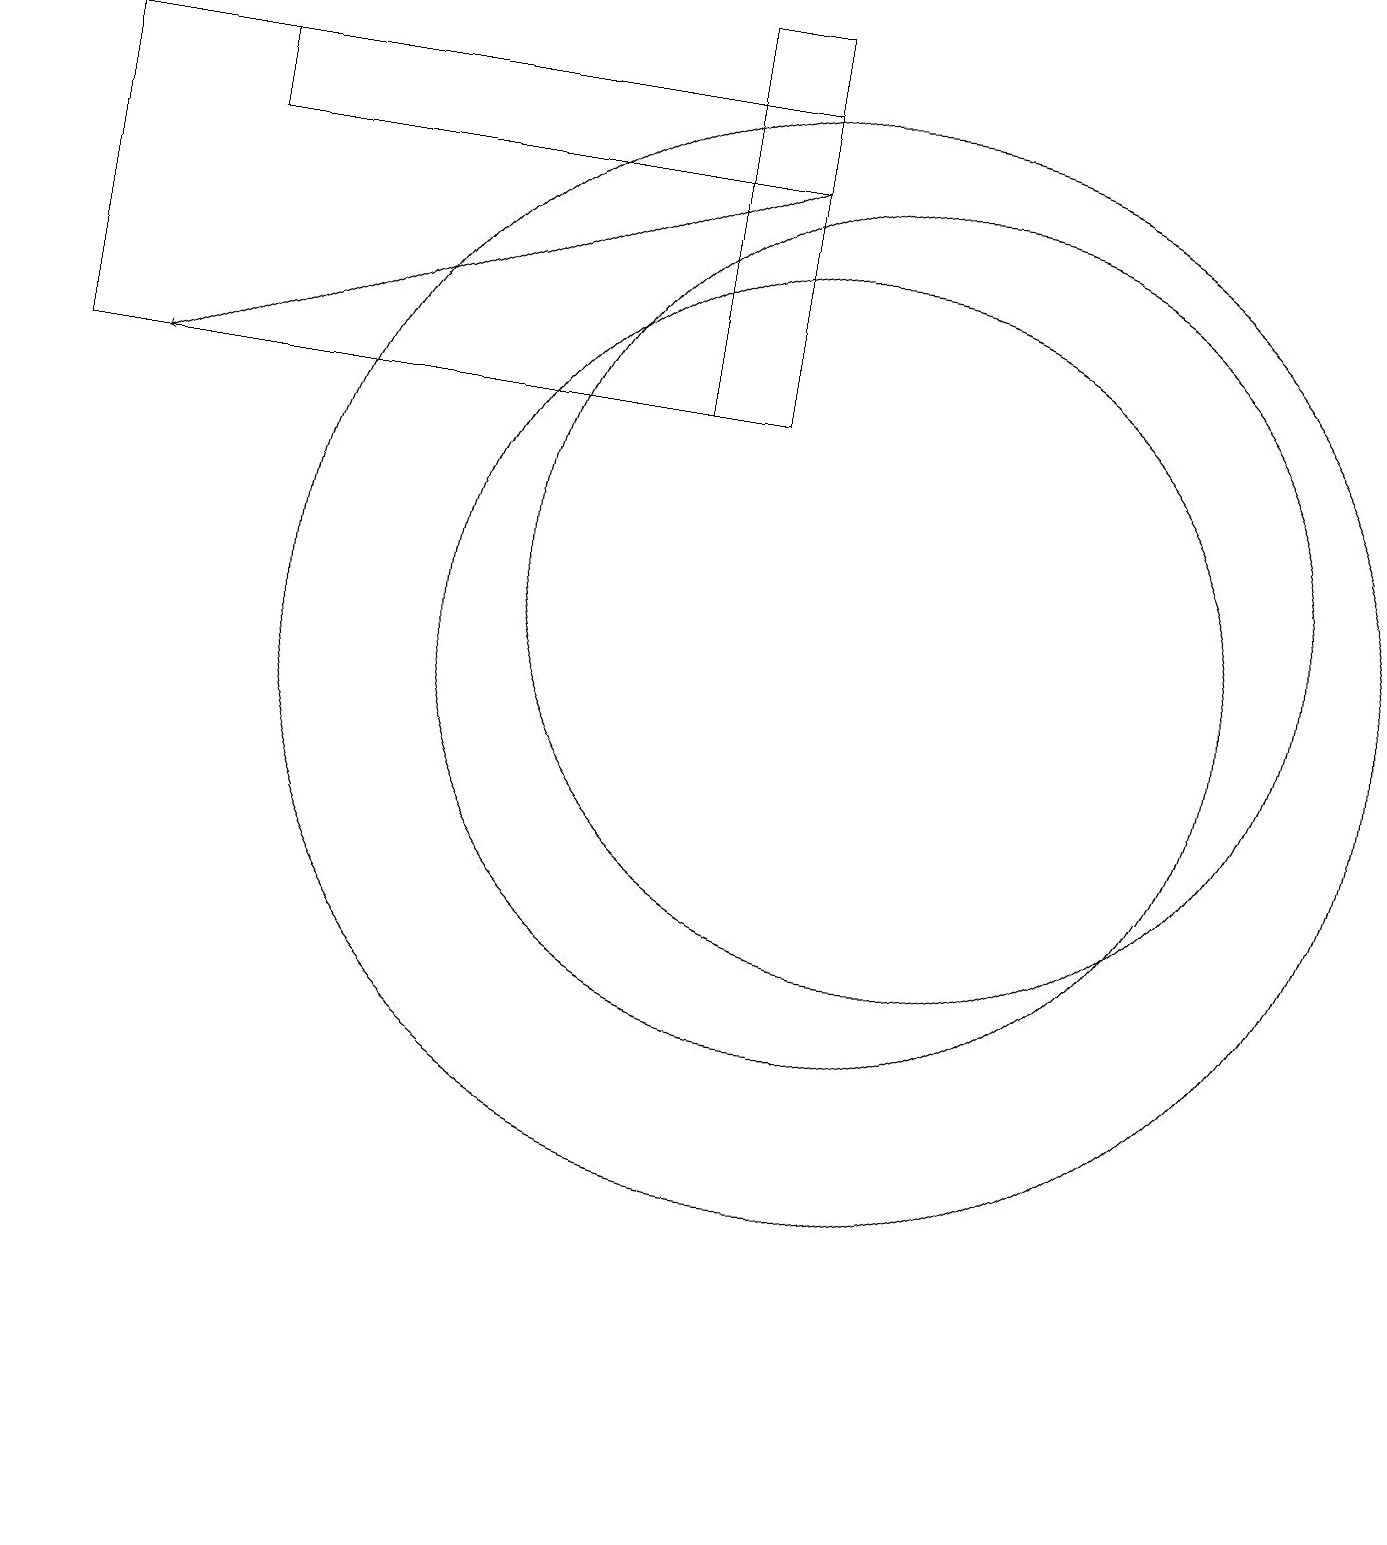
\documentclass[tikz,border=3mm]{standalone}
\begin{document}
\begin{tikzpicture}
\draw (0,4) -- (0,4) -- (1,0) -- cycle;
\draw (9,14) rectangle (8,19);
\draw (9,18) rectangle (2,17);
\draw (0,14) rectangle (9,18);
\draw (10,11) circle (5);
\draw (10,11) circle (7);
\draw[->] (9,17) -- (1,14);
\draw (11,12) circle (5);
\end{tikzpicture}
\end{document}